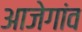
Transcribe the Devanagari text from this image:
आजेगांव